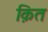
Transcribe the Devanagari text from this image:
क़ित